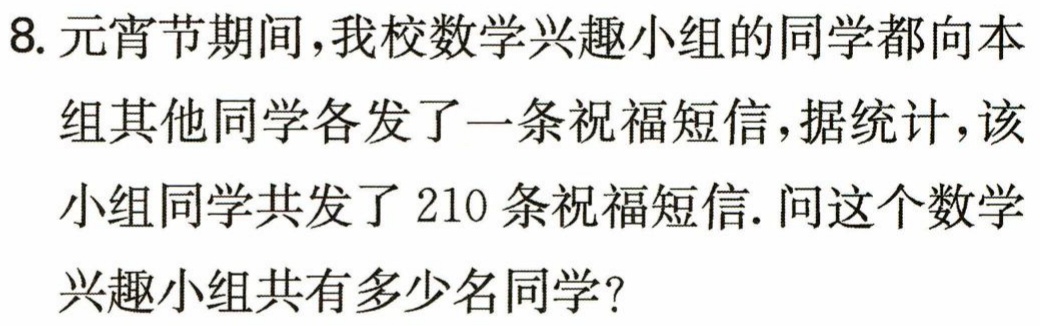
8. 元宵节期间，我校数学兴趣小组的同学都向本组其他同学各发了一条祝福短信，据统计，该小组同学共发了210条祝福短信. 问这个数学兴趣小组共有多少名同学？